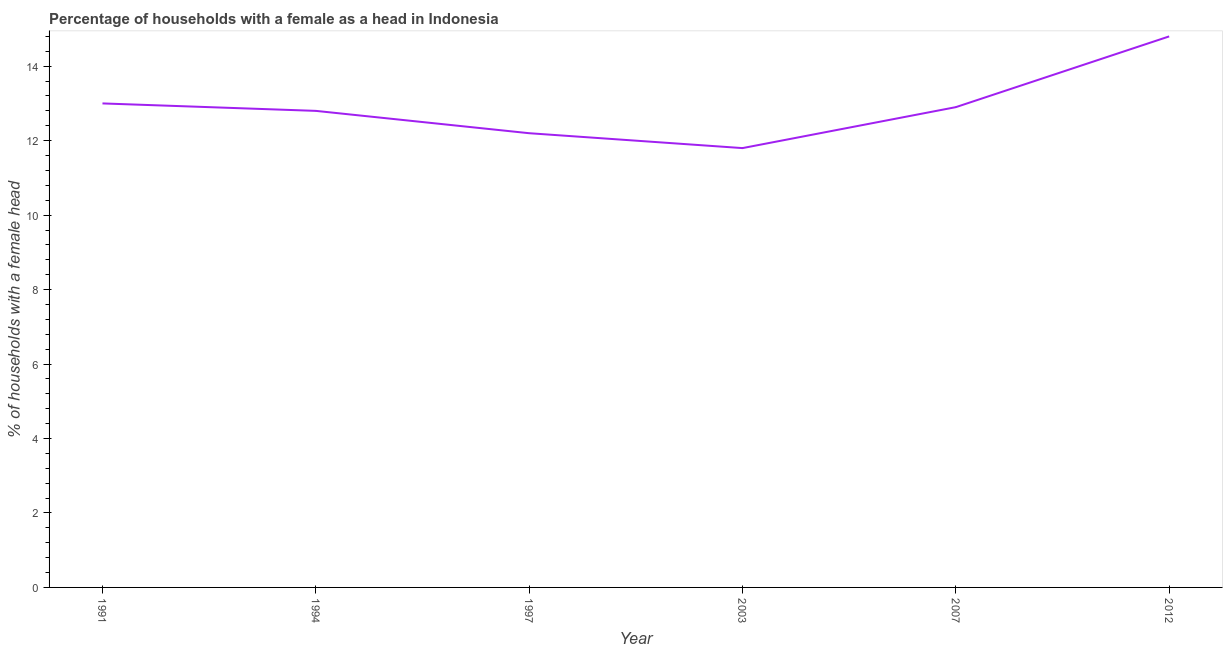
| Year | Female headed households |
 | --- | --- |
 | 1991 | 13 |
 | 1994 | 12.8 |
 | 1997 | 12.2 |
 | 2003 | 11.8 |
 | 2007 | 12.9 |
 | 2012 | 14.8 |